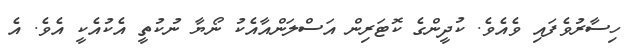
ހިސާރުވެފައި ވެއެވެ. ކުދީންގެ ކޮޓަރިން އަސްލަންއާއެކު ނޯޔާ ނުކުތީ އެކުއެކީ އެވެ. އެ